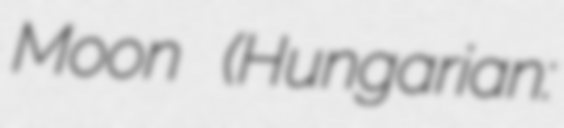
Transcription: Moon (Hungarian: